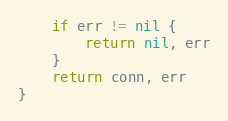
Language: Go
	if err != nil {
		return nil, err
	}
	return conn, err
}